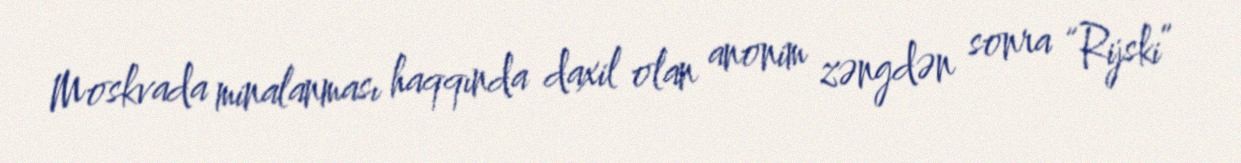
Moskvada minalanması haqqında daxil olan anonim zəngdən sonra “Rijski”